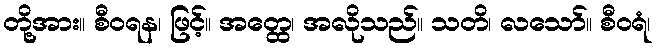
တို့အား။ စီဝရန၊ ဖြင့်။ အတ္ထေ၊ အလိုသည်။ သတိ၊ လသော်။ စီဝရံ၊